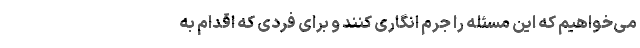
می‌خواهیم که این مسئله را جرم انگاری کنند و برای فردی که اقدام به